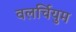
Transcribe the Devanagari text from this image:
वलर्चियुम